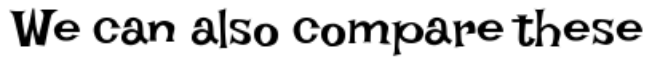
We can also compare these